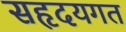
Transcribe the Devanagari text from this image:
सहृदयगत